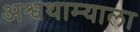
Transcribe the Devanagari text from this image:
अश्वथाम्याला